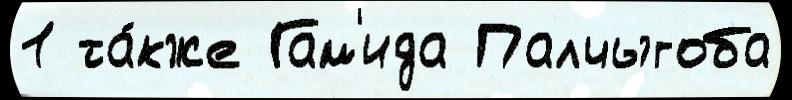
1 та́кже Гам'ида Палчыгоба